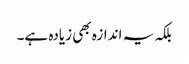
بلکہ یہ اندازہ بھی زیادہ ہے۔